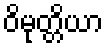
ဝိမုတ္တိယာ